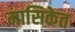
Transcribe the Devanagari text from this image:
मासिकेत